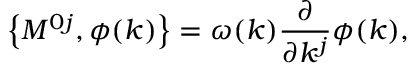
\left\{ M ^ { 0 j } , \phi ( k ) \right\} = \omega ( k ) \frac \partial { \partial k ^ { j } } \phi ( k ) ,